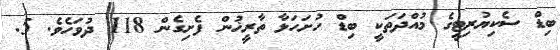
ބިޑް ސެކިޔުރިޓީގެ މުއްދަތަކީ ބިޑް ހުށަހަޅާ ތާރީޚުން ފެށިގެން 118 ދުވަހެވެ. 5.